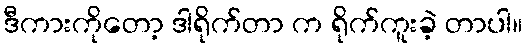
ဒီကားကိုတော့ ဒါရိုက်တာ က ရိုက်ကူးခဲ့ တာပါ။